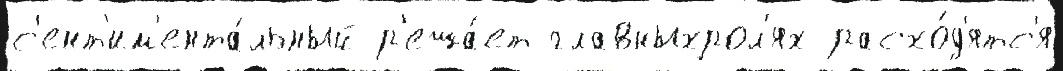
с'ент'им'ента́льный р'еша́ет главныхрол'ях расхо́д'ятс'я